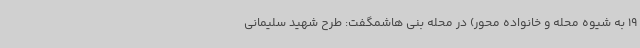
19 به شیوه محله و خانواده محور) در محله بنی هاشمگفت: طرح شهید سلیمانی